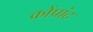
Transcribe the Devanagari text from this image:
कोंप्रांद